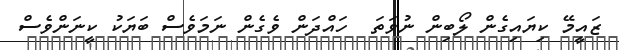
ޒައީމޭ ކިޔައިގެން ލޯބިން ނުވަތަ  ހައްދަން ވެގެން ނަމަވެސް ބަޔަކު ކީނަންވެސް